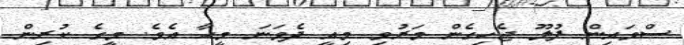
ސްވައިން ފުލޫ ޖެހިގެން މަރުވި މިއީ ދެވަނަ މީހާ އެވެ. މީގެ ކުރިން